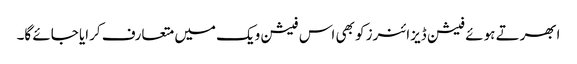
ابھرتے ہوئے فیشن ڈیزائنرز کو بھی اس فیشن ویک میں متعارف کرایا جائے گا۔